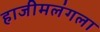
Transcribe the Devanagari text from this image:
हाजीमलंगला